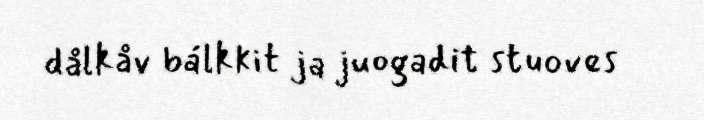
dålkåv bálkkit ja juogadit stuoves